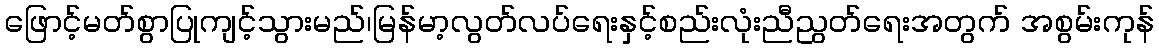
ဖြောင့်မတ်စွာပြုကျင့်သွားမည်၊မြန်မာ့လွတ်လပ်ရေးနှင့်စည်းလုံးညီညွတ်ရေးအတွက် အစွမ်းကုန်